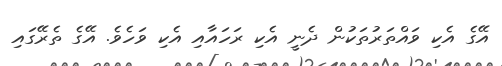
އޭގެ އެކި ވައްތަރުތަކުން ދެނީ އެކި ރަހައާއި އެކި ވަހެވެ. އޭގެ ތެރޭގައި